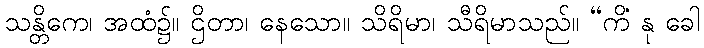
သန္တိကေ၊ အထံ၌။ ဌိတာ၊ နေသော။ သိရိမာ၊ သီရိမာသည်။ “ကိံ နု ခေါ